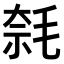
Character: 𣮦